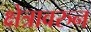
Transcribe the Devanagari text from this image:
क्षेत्रावरुन